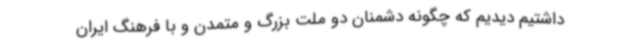
داشتیم دیدیم که چگونه دشمنان دو ملت بزرگ و متمدن و با فرهنگ ایران